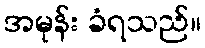
အမုန်း ခံရသည်။